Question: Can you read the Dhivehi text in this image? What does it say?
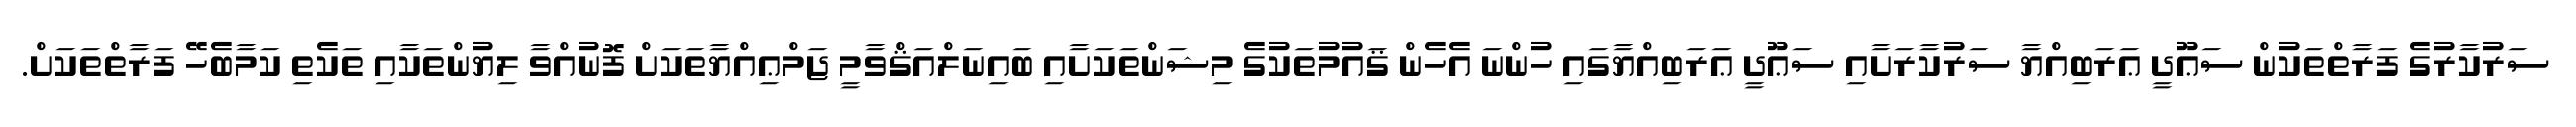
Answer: ސަރުކާރުގެ ފަރާތްތަކުން ސަޢޫދީ ޢަރަބިއްޔާ ސަރުކާރަށާއި ސަޢޫދީ ޢަރަބިއްޔާގައި ހުންނަ އެހެން ޤައުމުތަކުގެ މިޝަންތަކަށާއި ބައިނަލްއަޤްވާމީ ޖަމްޢިއްޔާތަކަށް ފޮނުއްވާ ލިޔުންތަކާއި ތަކެތި ކަމާބެހޭ ފަރާތްތަކަށް.